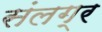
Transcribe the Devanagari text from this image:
संलग्र